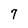
Character: 7